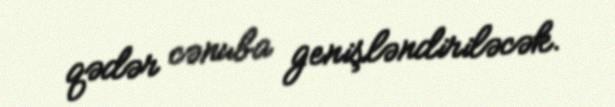
qədər cənuba genişləndiriləcək.